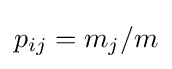
p_{ij}=m_{j}/m